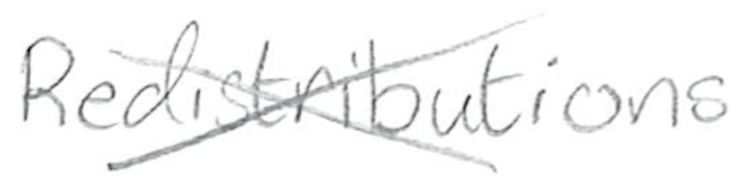
Text: Redistributions
Cross-out: mix
Writing tool: pencil